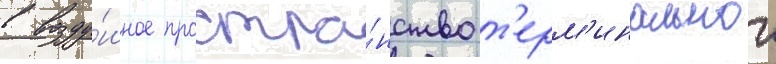
в возду́шное простра́нство т'ерм'инальнои